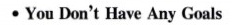
∙You Don't Have Any Goals